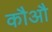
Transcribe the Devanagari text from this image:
कौऔ